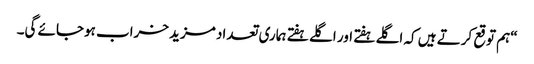
“ہم توقع کرتے ہیں کہ اگلے ہفتے اور اگلے ہفتے ہماری تعداد مزید خراب ہوجائے گی۔